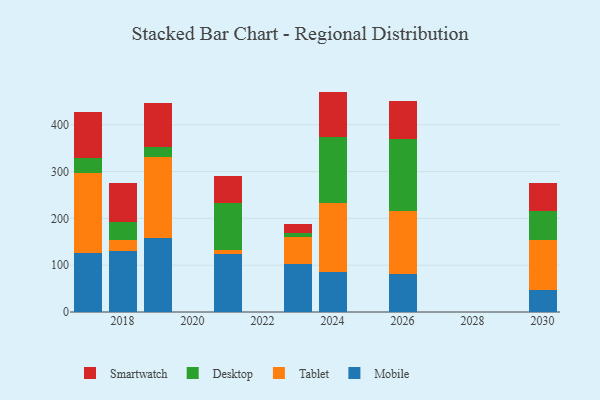
{"axis": {"x": "Year", "y": "Market Share (%)"}, "legend": ["Desktop", "Mobile", "Smartwatch", "Tablet"], "data": [{"x": "2030", "y": 46.0, "type": "Mobile"}, {"x": "2030", "y": 107.8, "type": "Tablet"}, {"x": "2030", "y": 61.6, "type": "Desktop"}, {"x": "2030", "y": 59.7, "type": "Smartwatch"}, {"x": "2019", "y": 158.6, "type": "Mobile"}, {"x": "2019", "y": 172.8, "type": "Tablet"}, {"x": "2019", "y": 20.1, "type": "Desktop"}, {"x": "2019", "y": 95.6, "type": "Smartwatch"}, {"x": "2021", "y": 123.7, "type": "Mobile"}, {"x": "2021", "y": 8.9, "type": "Tablet"}, {"x": "2021", "y": 100.7, "type": "Desktop"}, {"x": "2021", "y": 58.0, "type": "Smartwatch"}, {"x": "2026", "y": 81.7, "type": "Mobile"}, {"x": "2026", "y": 133.0, "type": "Tablet"}, {"x": "2026", "y": 155.0, "type": "Desktop"}, {"x": "2026", "y": 80.2, "type": "Smartwatch"}, {"x": "2018", "y": 130.6, "type": "Mobile"}, {"x": "2018", "y": 22.8, "type": "Tablet"}, {"x": "2018", "y": 38.5, "type": "Desktop"}, {"x": "2018", "y": 84.3, "type": "Smartwatch"}, {"x": "2017", "y": 125.1, "type": "Mobile"}, {"x": "2017", "y": 172.2, "type": "Tablet"}, {"x": "2017", "y": 32.5, "type": "Desktop"}, {"x": "2017", "y": 97.2, "type": "Smartwatch"}, {"x": "2023", "y": 101.6, "type": "Mobile"}, {"x": "2023", "y": 59.4, "type": "Tablet"}, {"x": "2023", "y": 7.0, "type": "Desktop"}, {"x": "2023", "y": 19.1, "type": "Smartwatch"}, {"x": "2024", "y": 86.4, "type": "Mobile"}, {"x": "2024", "y": 145.6, "type": "Tablet"}, {"x": "2024", "y": 142.3, "type": "Desktop"}, {"x": "2024", "y": 96.5, "type": "Smartwatch"}]}